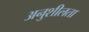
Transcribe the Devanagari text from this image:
अनुशीलता